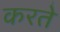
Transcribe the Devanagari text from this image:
करतेे